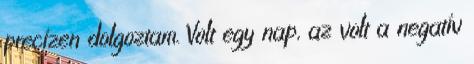
precízen dolgoztam. Volt egy nap, az volt a negatív